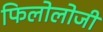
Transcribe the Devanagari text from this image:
फिलोलोजी